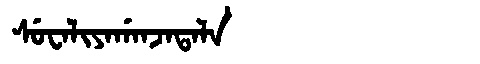
Manchu: ᠰᡠᠸᠠᠯᡳᠶᠠᡤᠠᠨᠵᠠᡨᠠᠯᠠ
Romanization: SUWALIYAGANJATALA